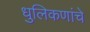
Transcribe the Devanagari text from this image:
धुलिकणांचे